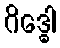
ဂိဒ္ဓေါ